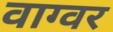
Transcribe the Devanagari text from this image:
वाग्वर